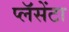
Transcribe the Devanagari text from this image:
प्लॅसेंटा